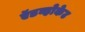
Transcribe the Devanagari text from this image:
ऍडव्होकेट